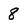
Character: 8